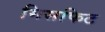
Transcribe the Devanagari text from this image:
मिसफिट